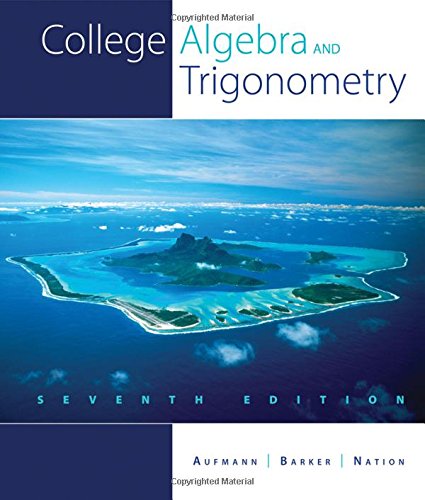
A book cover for College Algebra and Trigonometry; Richard N. Aufmann; Science & Math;